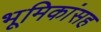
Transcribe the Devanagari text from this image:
भूमिकांसह